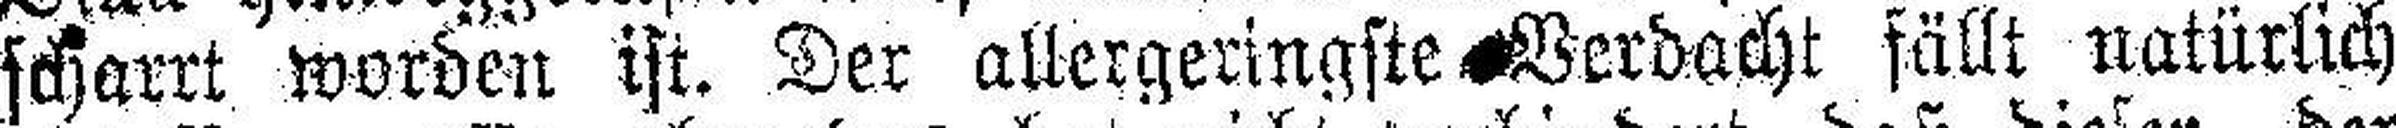
scharrt worden ist. Der allergeringste Verdacht fällt natürlich